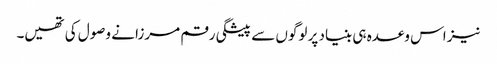
نیز اس وعدہ ہی بنیاد پر لوگوں سے پیشگی رقم مرزا نے وصول کی تھیں۔